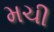
મચી